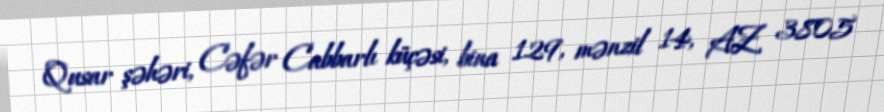
Qusar şəhəri, Cəfər Cabbarlı küçəsi, bina 129, mənzil 14, AZ 3805